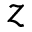
z